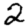
Digit: 2